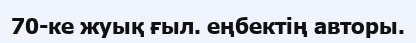
70-ке жуық ғыл. еңбектің авторы.